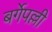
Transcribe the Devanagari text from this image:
बर्गेपल्ली